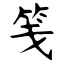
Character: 笺